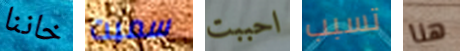
خاننا سميت احببت تسبب هنا